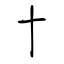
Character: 十